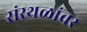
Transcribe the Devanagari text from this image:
संस्थळांवर